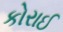
કોરાઈ